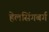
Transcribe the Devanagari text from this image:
हेलसिंगबर्ग